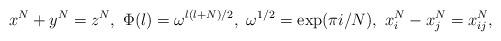
LaTeX: \begin{align*}x^N+y^N=z^N,~\Phi(l)=\omega^{l(l+N)/2},~\omega^{1/2}=\exp(\pi i/N),{}~x^N_i-x^N_j=x^N_{ij},\end{align*}